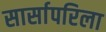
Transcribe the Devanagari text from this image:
सार्सापरिला